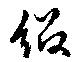
綴